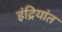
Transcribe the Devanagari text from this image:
इंद्रियांत